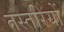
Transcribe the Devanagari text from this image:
तस्तरियों